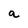
Character: a